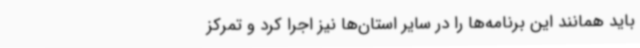
باید همانند این برنامه‌ها را در سایر استان‌ها نیز اجرا کرد و تمرکز